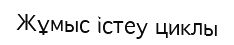
Жұмыс істеу циклы